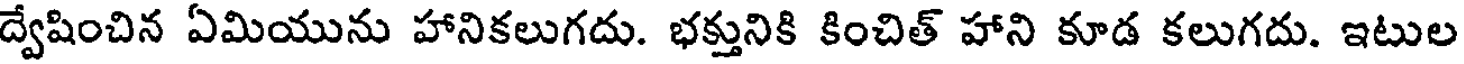
ద్వేషించిన ఏమియును హానికలుగదు. భక్తునికి కించిత్ హాని కూడ కలుగదు. ఇటుల